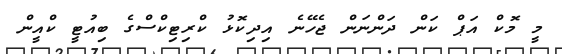
މީ މޮކް އަޕް ކަން ދަންނަން ޖެހޭނެ އިދިކޮޅު ކްރިޓިކްސްގެ ބިއުޓީ ކްއީން